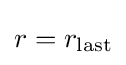
r=r_{\text{last}}